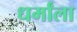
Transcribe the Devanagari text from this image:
धर्मांला